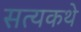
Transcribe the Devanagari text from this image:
सत्यकथे